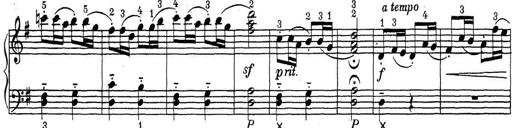
Title: ÄŒeskÃ© Sonatiny
Composer: Various